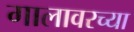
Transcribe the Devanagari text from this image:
गालावरच्या